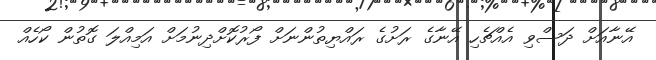
އޭނާއަށް ދަސްވި އެއްޗެހި އޭނާގެ ރަށުގެ ރައްޔިތުންނަށް ފޯރުކޮށްދިނުމަށް އަމިއްލަ ގޮތުން ކޯހެއް